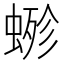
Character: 𧍿